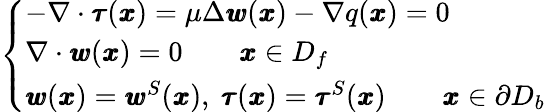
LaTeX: \left\{ \begin{array}{ll}{-\nabla\cdot{\pmb\tau}({\pmb x})=\mu\Delta{\pmb w}({\pmb x})-\nabla q({\pmb x})=0}\\ {\nabla\cdot{\pmb w}({\pmb x})=0\qquad{\pmb x}\in D_{f}}\\ {{\pmb w}({\pmb x})={\pmb w}^{S}({\pmb x}),\ {\pmb\tau}({\pmb x})={\pmb\tau}^{S}({\pmb x})\qquad{\pmb x}\in\partial D_{b}}\end{array}\right.